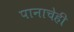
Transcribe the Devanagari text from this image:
पानाचेही